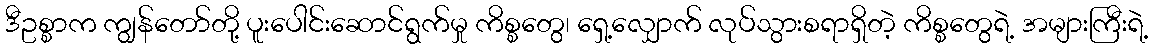
ဒီဥစ္စာက ကျွန်တော်တို့ ပူးပေါင်းဆောင်ရွက်မှု ကိစ္စတွေ၊ ရှေ့လျှောက် လုပ်သွားစရာရှိတဲ့ ကိစ္စတွေရဲ့ အများကြီးရဲ့